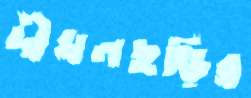
দীঘলছড়ির